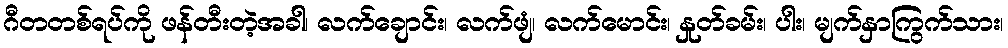
ဂီတတစ်ရပ်ကို ဖန်တီးတဲ့အခါ၊ လက်ချောင်း၊ လက်ဖျံ၊ လက်မောင်း၊ နှုတ်ခမ်း၊ ပါး၊ မျက်နှာကြွက်သား၊